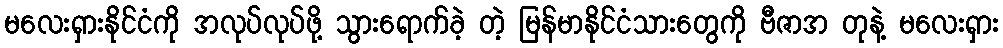
မလေးရှားနိုင်ငံကို အလုပ်လုပ်ဖို့ သွားရောက်ခဲ့ တဲ့ မြန်မာနိုင်ငံသားတွေကို ဗီဇာအ တုနဲ့ မလေးရှား